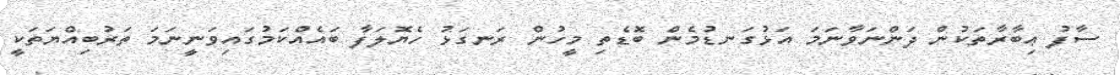
ސާފު ޢިބާރާތަކުން ދަންނަވާނަމަ އަޅުގަނޑުމެން ބޮޑެތި މީހުން ރަނގަޅު ހެޔޮލަފާ ބައެއްކަމުގައިވަނީނަމަ ތަރުބިއްޔަތަކީ